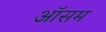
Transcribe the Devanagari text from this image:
ऑसम